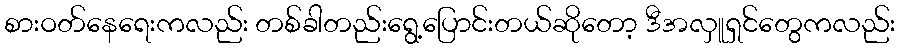
စားဝတ်နေရေးကလည်း တစ်ခါတည်းရွေ့ပြောင်းတယ်ဆိုတော့ ဒီအလှူရှင်တွေကလည်း